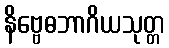
နိဗ္ဗေဓဘာဂိယသုတ္တ